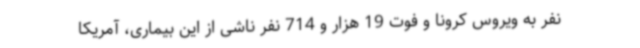
نفر به ویروس کرونا و فوت 19 هزار و 714 نفر ناشی از این بیماری، آمریکا